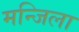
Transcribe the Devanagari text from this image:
मन्जिला